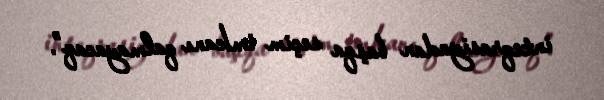
inteqrasiyadan başqa seçim imkanı qalmayacaq”.